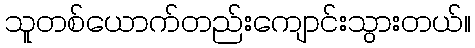
သူတစ်ယောက်တည်းကျောင်းသွားတယ်။